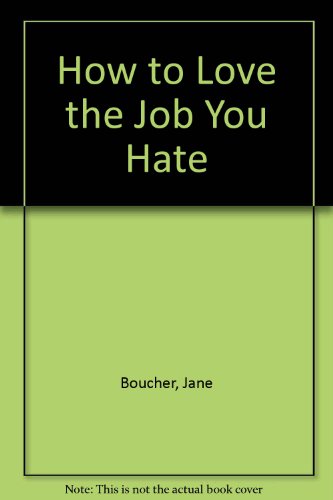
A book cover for How to Love the Job You Hate; Jane Boucher; Business & Money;